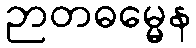
ဉာတဓမ္မေန